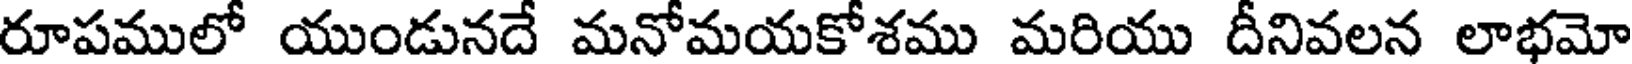
రూపములో యుండునదే మనోమయకోశము మరియు దీనివలన లాభమో